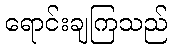
ရောင်းချကြသည်